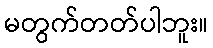
မတွက်တတ်ပါဘူး။